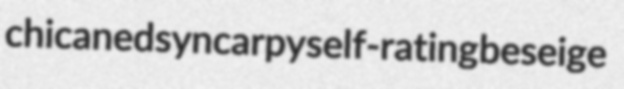
chicaned syncarpy self-rating beseige